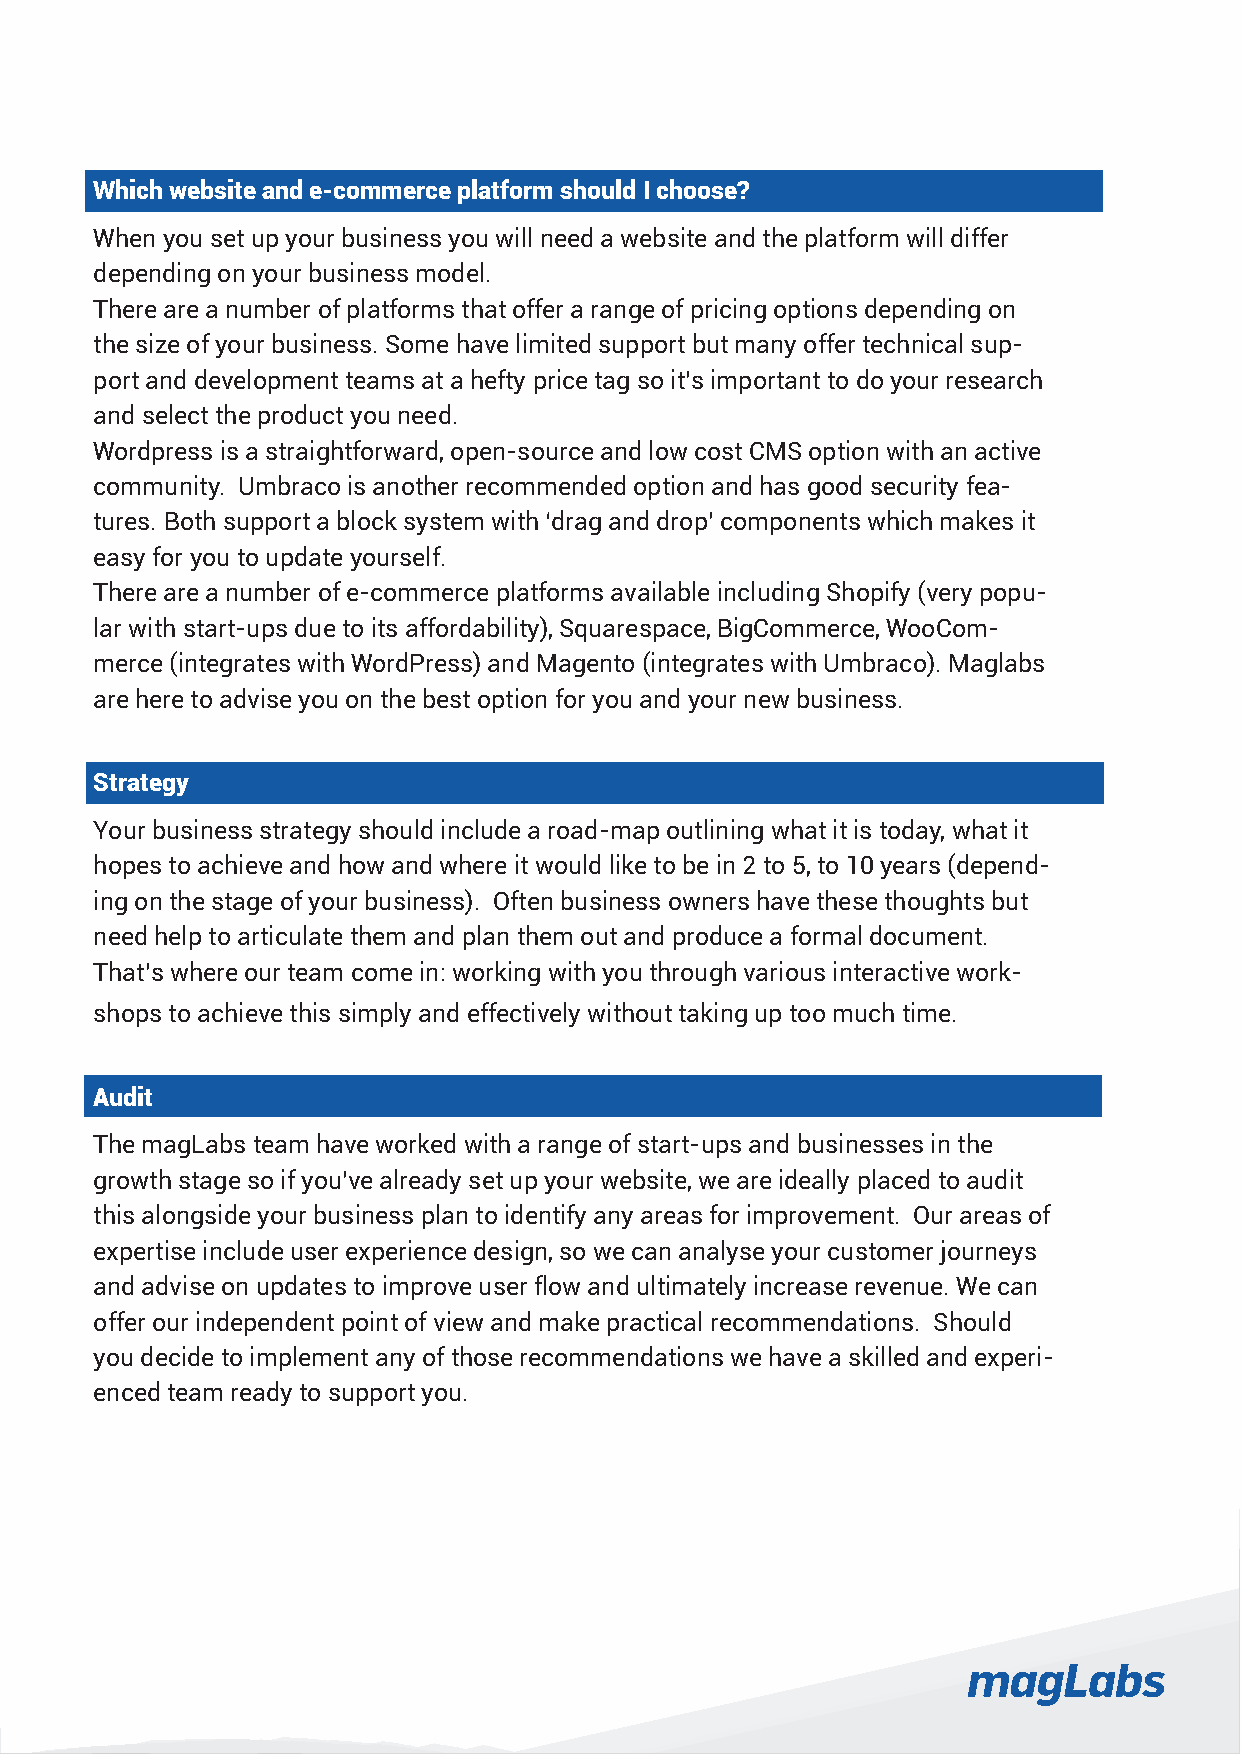
Which website and e-commerce platform should I choose?
 When you set up your business you will need a website and the platform will differ
 depending on your business model.
 There are a number of platforms that offer a range of pricing options depending on
 the size of your business. Some have limited support but many offer technical sup-
 port and development teams at a hefty price tag so it’s important to do your research
 and select the product you need.
 Wordpress is a straightforward, open-source and low cost CMS option with an active
 community. Umbraco is another recommended option and has good security fea-
 tures. Both support a block system with ‘drag and drop’ components which makes it
 easy for you to update yourself.
 There are a number of e-commerce platforms available including Shopify (very popu-
 lar with start-ups due to its affordability), Squarespace, BigCommerce, WooCom-
 merce (integrates with WordPress) and Magento (integrates with Umbraco). Maglabs
 are here to advise you on the best option for you and your new business.
 Strategy
 Your business strategy should include a road-map outlining what it is today, what it
 hopes to achieve and how and where it would like to be in 2 to 5, to 10 years (depend-
 ing on the stage of your business). Often business owners have these thoughts but
 need help to articulate them and plan them out and produce a formal document.
 That’s where our team come in: working with you through various interactive work-
 shops to achieve this simply and effectively without taking up too much time.
 Audit
 The magLabs team have worked with a range of start-ups and businesses in the
 growth stage so if you’ve already set up your website, we are ideally placed to audit
 this alongside your business plan to identify any areas for improvement. Our areas of
 expertise include user experience design, so we can analyse your customer journeys
 and advise on updates to improve user flow and ultimately increase revenue. We can
 offer our independent point of view and make practical recommendations. Should
 you decide to implement any of those recommendations we have a skilled and experi-
 enced team ready to support you.